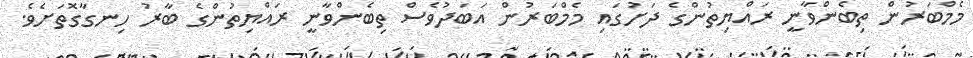
މެމްބަރުން ތިބެންވާނީ ރައްޔިތުންގެ ދަށުގައި މެމްބަރުން އަބަދުވެސް ތިބެންވާނީ ރައްޔިތުންގެ ބާރު ހިނގާގޮތަށެވެ.